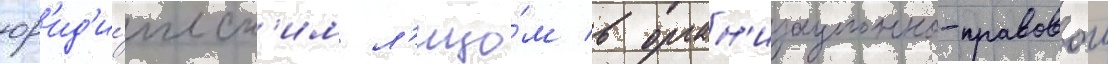
юр'ид'и́ческ'им л'ицо́м в орган'изационно-правовои